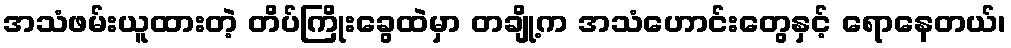
အသံဖမ်းယူထားတဲ့ တိပ်ကြိုးခွေထဲမှာ တချို့က အသံဟောင်းတွေနှင့် ရောနေတယ်၊